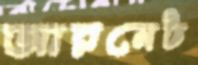
আরনেট